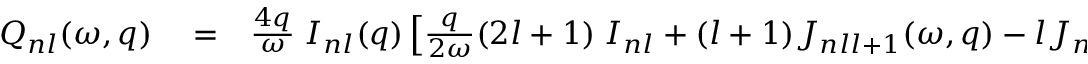
\begin{array} { r l r } { { \cal Q } _ { n l } ( \omega , q ) } & { { } = } & { \frac { 4 q } { \omega } \; { \cal I } _ { n l } ( q ) \left[ \frac { q } { 2 \omega } ( 2 l + 1 ) \; { \cal I } _ { n l } + ( l + 1 ) { \cal J } _ { n l l + 1 } ( \omega , q ) - l { \cal J } _ { n l l - 1 } ( \omega , q ) \right] } \end{array}